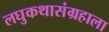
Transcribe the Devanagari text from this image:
लघुकथासंग्रहाला